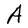
Character: A